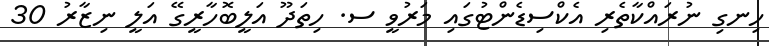
ހިނގި ނުރައްކާތެރި އެކްސިޑެންޓުގައި މަރުވީ ސ. ހިތަދޫ އަލީބޮހާރީގޭ އަލީ ނިޒާރު 30